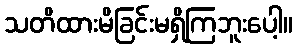
သတိထားမိခြင်းမရှိကြဘူးပေါ့။